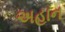
અહાન